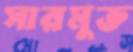
সারমুক্ত